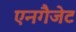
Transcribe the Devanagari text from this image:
एनगैजेट